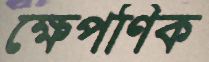
ক্ষেপণিক